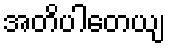
အတိပါတေယျ